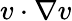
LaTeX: v\cdot\nabla v